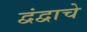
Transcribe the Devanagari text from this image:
द्वंद्वाचे